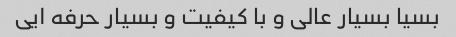
بسیا بسیار عالی و با کیفیت و بسیار حرفه ایی